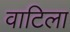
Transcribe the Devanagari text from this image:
वाटिला